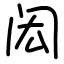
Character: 闳